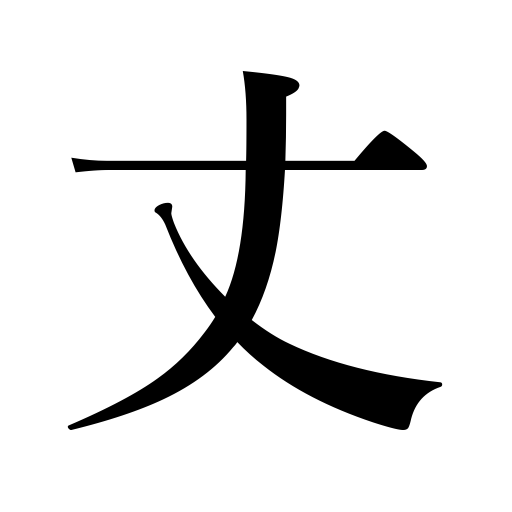
Meanings: stature,measure,re: artists,length,or Mrs,10 feet,Mr,height